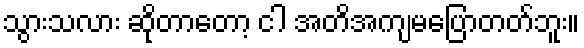
သွားသလား ဆိုတာတော့ ငါ အတိအကျမပြောတတ်ဘူး။